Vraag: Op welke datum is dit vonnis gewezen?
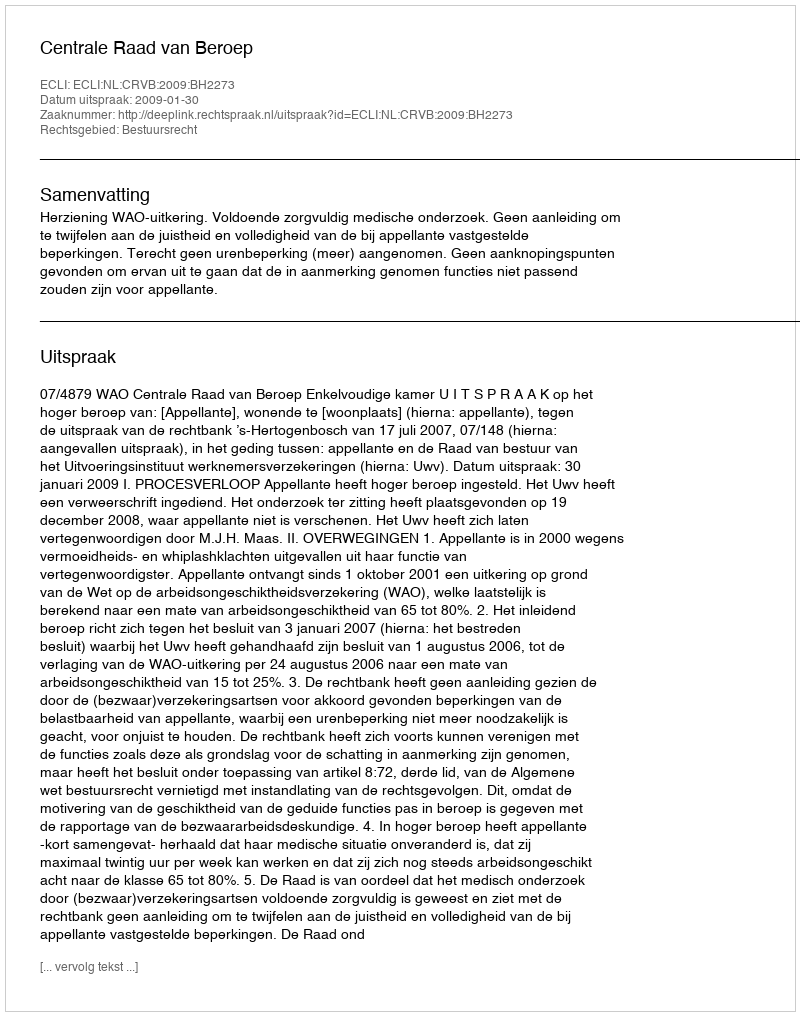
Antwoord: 2009-01-30